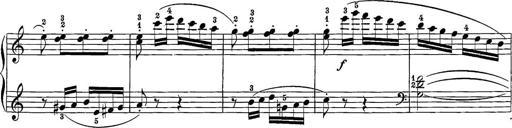
Title: 12 Sonatine per Pianoforte
Composer: Friedrich Kuhlau